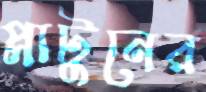
প্লাটুনের